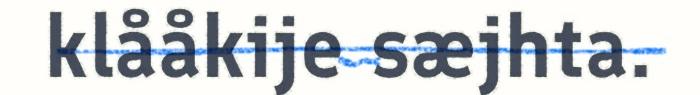
klååkije sæjhta.